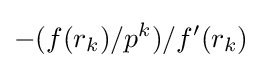
-(f(r_{k})/p^{k})/f'(r_{k})